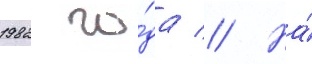
1982 го́да // На́